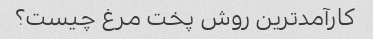
کارآمدترین روش پخت مرغ چیست؟